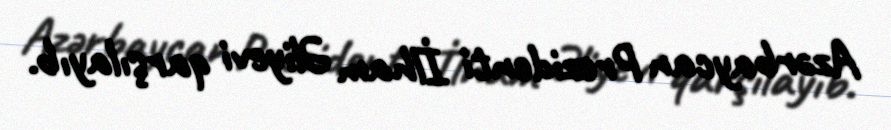
Azərbaycan Prezidenti İlham Əliyevi qarşılayıb.